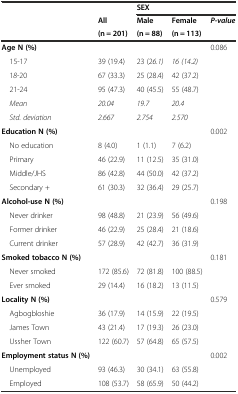
|  |  | <COLSPAN=3> SEX |
 |  | All | Male | Female | P-value |
 |  | (n = 201) | (n = 88) | (n = 113) |  |
 | --- | --- | --- | --- | --- |
 | Age N (%) |  |  |  | 0.086 |
 | 15-17 | 39 (19.4) | 23 (26.1) | 16 (14.2) |  |
 | 18-20 | 67 (33.3) | 25 (28.4) | 42 (37.2) |  |
 | 21-24 | 95 (47.3) | 40 (45.5) | 55 (48.7) |  |
 | Mean | 20.04 | 19.7 | 20.4 |  |
 | Std. deviation | 2.667 | 2.754 | 2.570 |  |
 | Education N (%) |  |  |  | 0.002 |
 | No education | 8 (4.0) | 1 (1.1) | 7 (6.2) |  |
 | Primary | 46 (22.9) | 11 (12.5) | 35 (31.0) |  |
 | Middle/JHS | 86 (42.8) | 44 (50.0) | 42 (37.2) |  |
 | Secondary + | 61 (30.3) | 32 (36.4) | 29 (25.7) |  |
 | Alcohol-use N (%) |  |  |  | 0.198 |
 | Never drinker | 98 (48.8) | 21 (23.9) | 56 (49.6) |  |
 | Former drinker | 46 (22.9) | 25 (28.4) | 21 (18.6) |  |
 | Current drinker | 57 (28.9) | 42 (42.7) | 36 (31.9) |  |
 | Smoked tobacco N (%) |  |  |  | 0.181 |
 | Never smoked | 172 (85.6) | 72 (81.8) | 100 (88.5) |  |
 | Ever smoked | 29 (14.4) | 16 (18.2) | 13 (11.5) |  |
 | Locality N (%) |  |  |  | 0.579 |
 | Agbogbloshie | 36 (17.9) | 14 (15.9) | 22 (19.5) |  |
 | James Town | 43 (21.4) | 17 (19.3) | 26 (23.0) |  |
 | Ussher Town | 122 (60.7) | 57 (64.8) | 65 (57.5) |  |
 | Employment status N (%) |  |  |  | 0.002 |
 | Unemployed | 93 (46.3) | 30 (34.1) | 63 (55.8) |  |
 | Employed | 108 (53.7) | 58 (65.9) | 50 (44.2) |  |